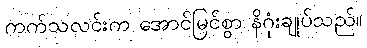
ကက်သလင်းက အောင်မြင်စွာ နိဂုံးချုပ်သည်။